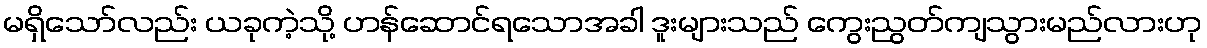
မရှိသော်လည်း ယခုကဲ့သို့ ဟန်ဆောင်ရသောအခါ ဒူးများသည် ကွေးညွတ်ကျသွားမည်လားဟု